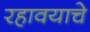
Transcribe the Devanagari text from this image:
रहावयाचे